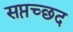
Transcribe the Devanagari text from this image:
सप्तच्छद